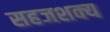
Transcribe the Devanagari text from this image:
सहजशक्‍य